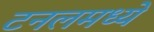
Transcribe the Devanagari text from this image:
टनलमध्ये